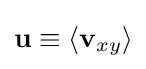
\mathbf {u} \equiv \langle \mathbf {v} _{xy}\rangle